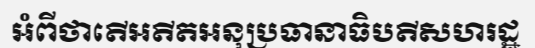
អំពីថាតើអតីតអនុប្រធានាធិបតីសហរដ្ឋ